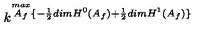
k ^ { \stackrel { m a x } { A _ { f } } \lbrace - \frac { 1 } { 2 } d i m H ^ { 0 } ( A _ { f } ) + \frac { 1 } { 2 } d i m H ^ { 1 } ( A _ { f } ) \rbrace }